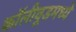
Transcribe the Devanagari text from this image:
कॉलीवूडमध्ये